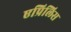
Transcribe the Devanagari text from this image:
एप्रिलिस